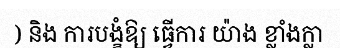
) និង ការបង្ខំឱ្យ ធ្វើការ យ៉ាង ខ្លាំងក្លា